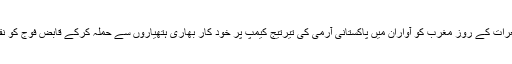
3 نومبر جمعرات کے روز مغرب کو آواران میں پاکستانی آرمی کی تیرتیج کیمپ پر خود کار بھاری ہتھیاروں سے حملہ کرکے قابض فوج کو نقصان پہنچایا۔